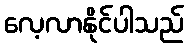
လေ့လာနိုင်ပါသည်